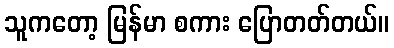
သူကတော့ မြန်မာ စကား ပြောတတ်တယ်။